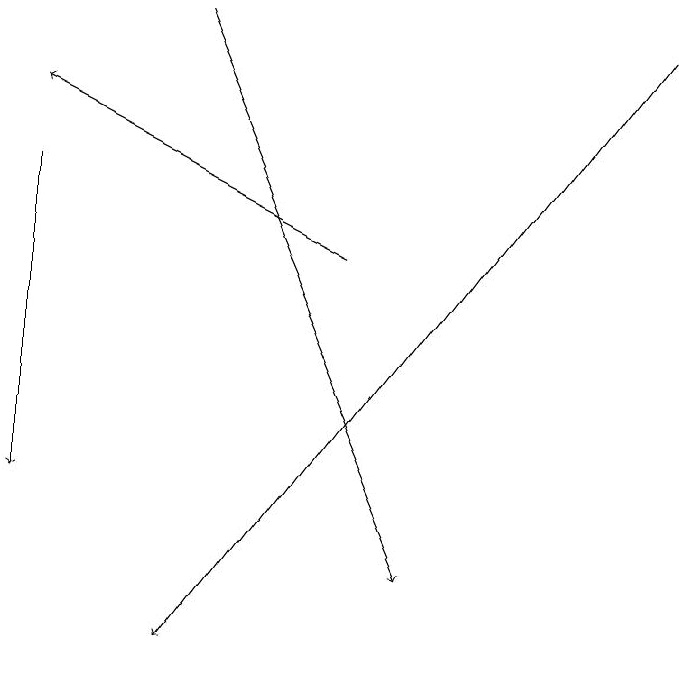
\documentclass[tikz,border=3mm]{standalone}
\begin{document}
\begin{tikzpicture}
\draw[->] (2,18) -- (5,11);
\draw[->] (4,15) -- (0,17);
\draw[->] (0,16) -- (0,12);
\draw[->] (8,18) -- (2,10);
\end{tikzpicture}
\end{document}